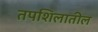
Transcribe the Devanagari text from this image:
तपशिलातील